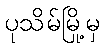
ပုသိမ်မြို့မှ